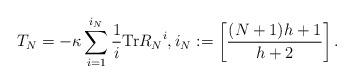
LaTeX: \begin{align*}T_N=-\kappa\sum_{i=1}^{i_N}\frac{1}{i}\mathrm{Tr} {R_N}^i, i_N:= \left[\frac{(N+1) h+1}{h+2} \right].\end{align*}